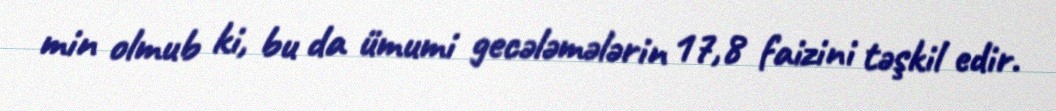
min olmub ki, bu da ümumi gecələmələrin 17,8 faizini təşkil edir.